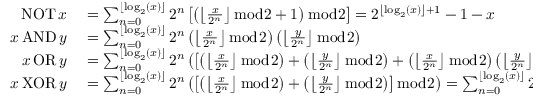
\begin{array} { r l } { \operatorname { N O T } x } & { { } = \sum _ { n = 0 } ^ { \lfloor \log _ { 2 } ( x ) \rfloor } 2 ^ { n } \left[ \left( \left\lfloor { \frac { x } { 2 ^ { n } } } \right\rfloor { \bmod { 2 } } + 1 \right) { \bmod { 2 } } \right] = 2 ^ { \left\lfloor \log _ { 2 } ( x ) \right\rfloor + 1 } - 1 - x } \\ { x \operatorname { A N D } y } & { { } = \sum _ { n = 0 } ^ { \lfloor \log _ { 2 } ( x ) \rfloor } 2 ^ { n } \left( \left\lfloor { \frac { x } { 2 ^ { n } } } \right\rfloor { \bmod { 2 } } \right) \left( \left\lfloor { \frac { y } { 2 ^ { n } } } \right\rfloor { \bmod { 2 } } \right) } \\ { x \operatorname { O R } y } & { { } = \sum _ { n = 0 } ^ { \lfloor \log _ { 2 } ( x ) \rfloor } 2 ^ { n } \left( \left[ \left( \left\lfloor { \frac { x } { 2 ^ { n } } } \right\rfloor { \bmod { 2 } } \right) + \left( \left\lfloor { \frac { y } { 2 ^ { n } } } \right\rfloor { \bmod { 2 } } \right) + \left( \left\lfloor { \frac { x } { 2 ^ { n } } } \right\rfloor { \bmod { 2 } } \right) \left( \left\lfloor { \frac { y } { 2 ^ { n } } } \right\rfloor { \bmod { 2 } } \right) \right] { \bmod { 2 } } \right) } \\ { x \operatorname { X O R } y } & { { } = \sum _ { n = 0 } ^ { \lfloor \log _ { 2 } ( x ) \rfloor } 2 ^ { n } \left( \left[ \left( \left\lfloor { \frac { x } { 2 ^ { n } } } \right\rfloor { \bmod { 2 } } \right) + \left( \left\lfloor { \frac { y } { 2 ^ { n } } } \right\rfloor { \bmod { 2 } } \right) \right] { \bmod { 2 } } \right) = \sum _ { n = 0 } ^ { \lfloor \log _ { 2 } ( x ) \rfloor } 2 ^ { n } \left[ \left( \left\lfloor { \frac { x } { 2 ^ { n } } } \right\rfloor + \left\lfloor { \frac { y } { 2 ^ { n } } } \right\rfloor \right) { \bmod { 2 } } \right] } \end{array}